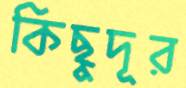
কিছুদূর